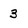
Character: 3